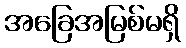
အခြေအမြစ်မရှိ